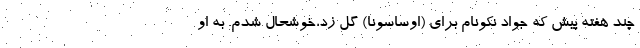
چند هفته پيش كه جواد نكونام براي (اوساسونا) گل زد،خوشحال شدم. به او